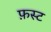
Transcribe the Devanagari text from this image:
फ़स्ट